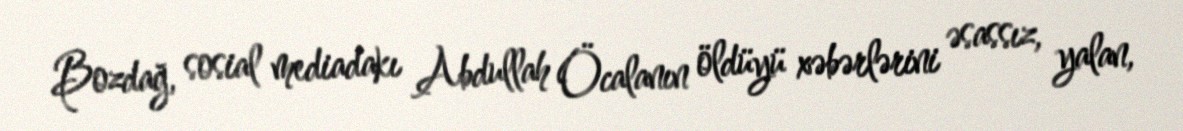
Bozdağ, sosial mediadakı Abdullah Öcalanın öldüyü xəbərlərini əsassız, yalan,